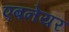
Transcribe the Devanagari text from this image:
एबनेयर